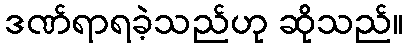
ဒဏ်ရာရခဲ့သည်ဟု ဆိုသည်။